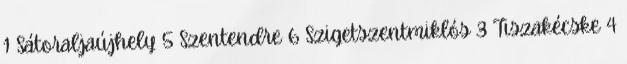
1 Sátoraljaújhely 5 Szentendre 6 Szigetszentmiklós 3 Tiszakécske 4